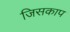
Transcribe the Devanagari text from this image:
जिसकाप